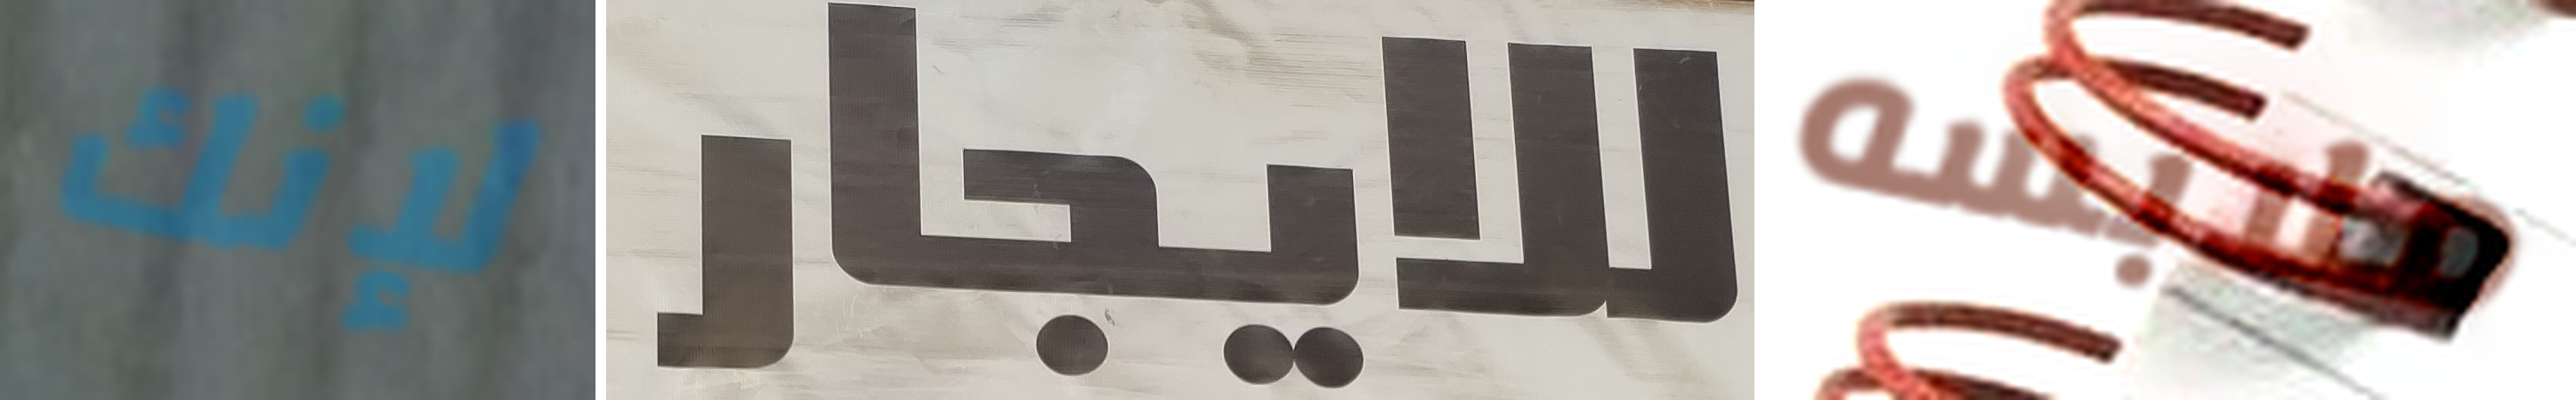
لإنك للايجار ملابسه